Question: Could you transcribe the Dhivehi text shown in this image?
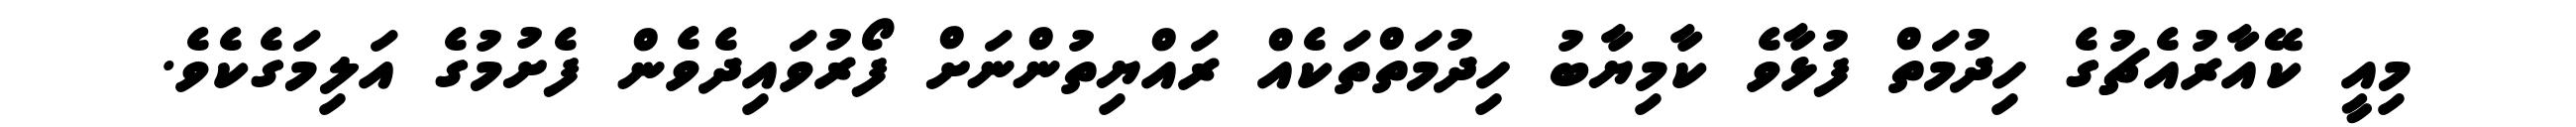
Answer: މިއީ ކޭއާރުއެޗުގެ ހިދުމަތް ފުޅާވެ ކާމިޔާބު ހިދުމަތްތަކެއް ރައްޔިތުންނަށް ފޯރުވައިދެވެން ފެށުމުގެ އަލިމަގެކެވެ.